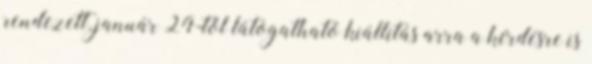
rendezett, január 24-től látogatható kiállítás arra a kérdésre is